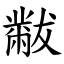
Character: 黻